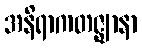
အနိရာကတဇ္ဈာနာ